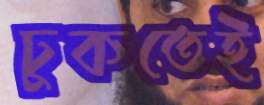
ঢুকতেই